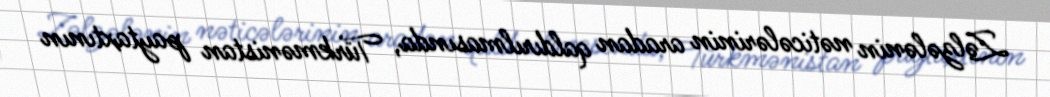
Zəlzələnin nəticələrinin aradan qaldırılmasında, Türkmənistan paytaxtının